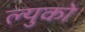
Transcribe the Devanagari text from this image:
ल्युको